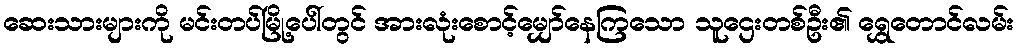
ဆေးသားများကို မင်းတပ်မြို့ပေါ်တွင် အားလုံးစောင့်မျှော်နေကြသော သူဌေးတစ်ဦး၏ ရွှေတောင်လမ်း